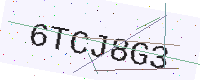
Text: 6TCJ8G3